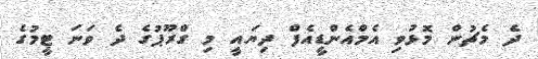
ދެ މެޗުން މޮޅުވި އެމްއެންޑީއެފް ދިޔައީ މި ގްރޫޕުގެ ދެ ވަނަ ޓީމުގެ